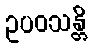
ဥပဝသန္တိ